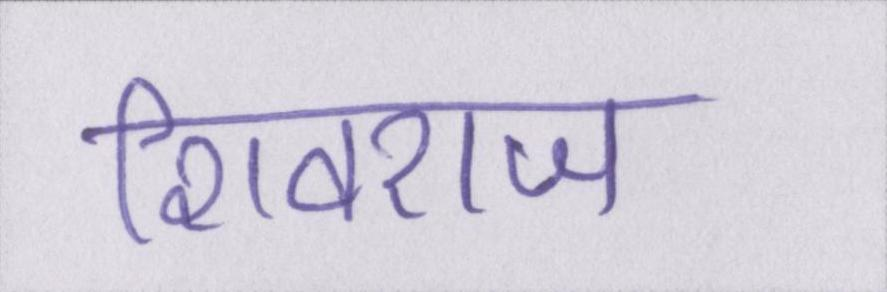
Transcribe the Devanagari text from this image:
शिवराज